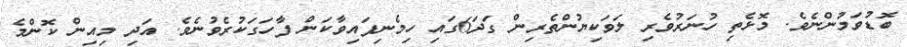
ބޮޑުވަމުންނެވެ. މޮޅެތި ހުނަރުވެރި ލަވަކިޔުންތެރިން ގަދަ6ގައި ހިމެނިފައިވާކަން ފާހަގަކުރެވުނެވެ. އަދި މިއިން ކޮންމެ